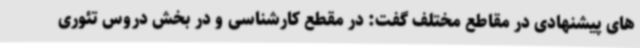
های پیشنهادی در مقاطع مختلف گفت: در مقطع کارشناسی و در بخش دروس تئوری